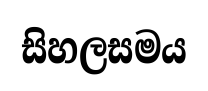
සිහලසමය